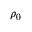
\rho _ { 0 }